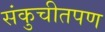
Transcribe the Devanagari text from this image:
संकुचीतपण